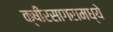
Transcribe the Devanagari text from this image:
क्षीरसागरामध्ये